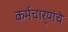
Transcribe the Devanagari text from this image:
कर्मचार्‍यांचे